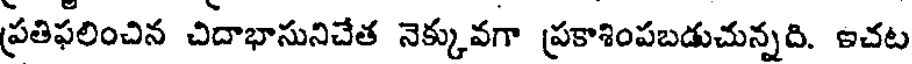
ప్రతిఫలించిన చిదాభాసునిచేత నెక్కువగా ప్రకాశింపబడుచున్నది. ఇచట